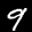
Label: 9